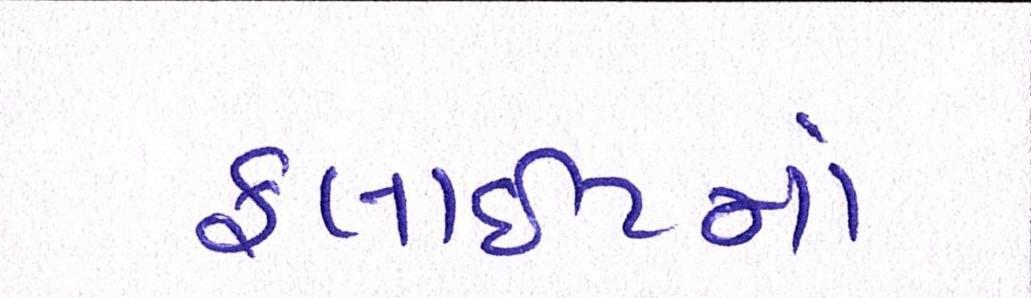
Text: ફ્લાઈટમાં